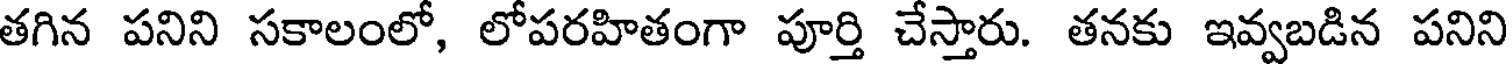
తగిన పనిని సకాలంలో, లోపరహితంగా పూర్తి చేస్తారు. తనకు ఇవ్వబడిన పనిని